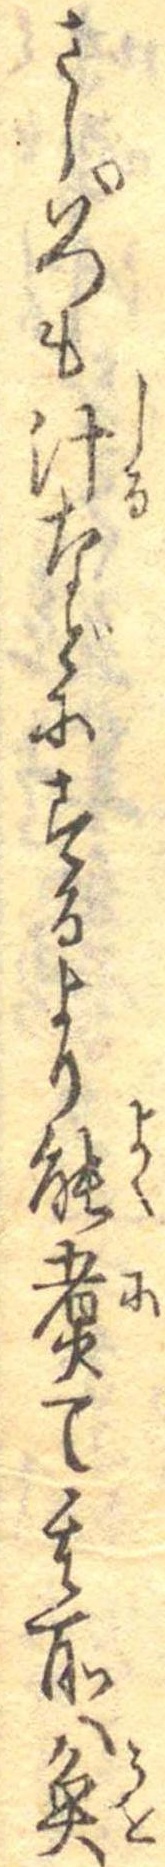
さしいつも汁などにするより能煮て其所へ魚